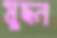
মুছন